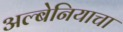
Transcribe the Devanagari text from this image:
अल्बेनियाचा